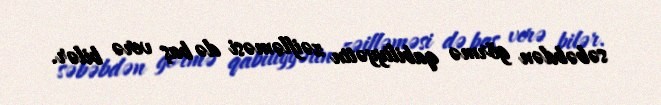
səbəbdən görmə qabiliyyətin zəifləməsi də baş verə bilər.